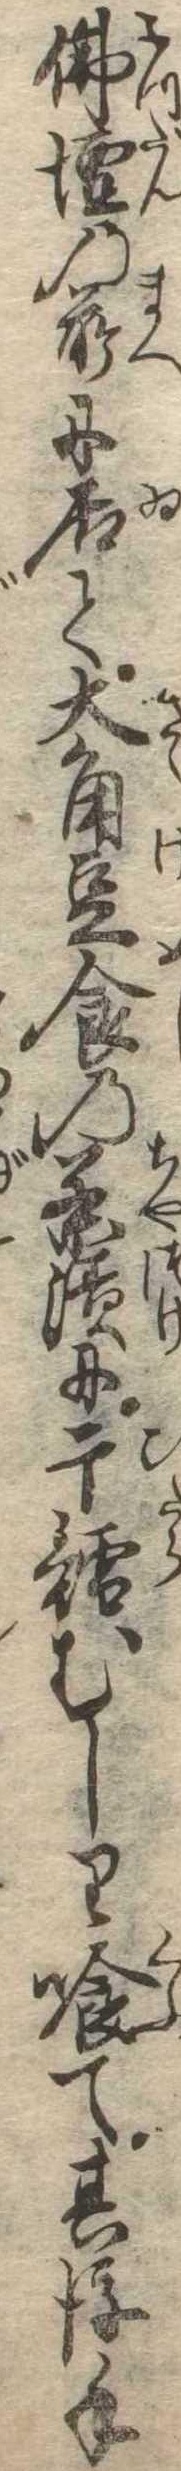
仏壇の前に居て大角豆食の茶漬に干鱈むしり喰て其後手